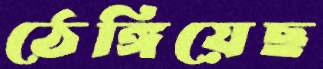
ঠেঙ্গিয়েছ